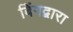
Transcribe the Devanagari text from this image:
बिंगद्वारा